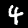
Label: 4